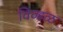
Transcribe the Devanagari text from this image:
विव्हळ